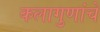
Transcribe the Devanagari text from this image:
कलागुणांचे